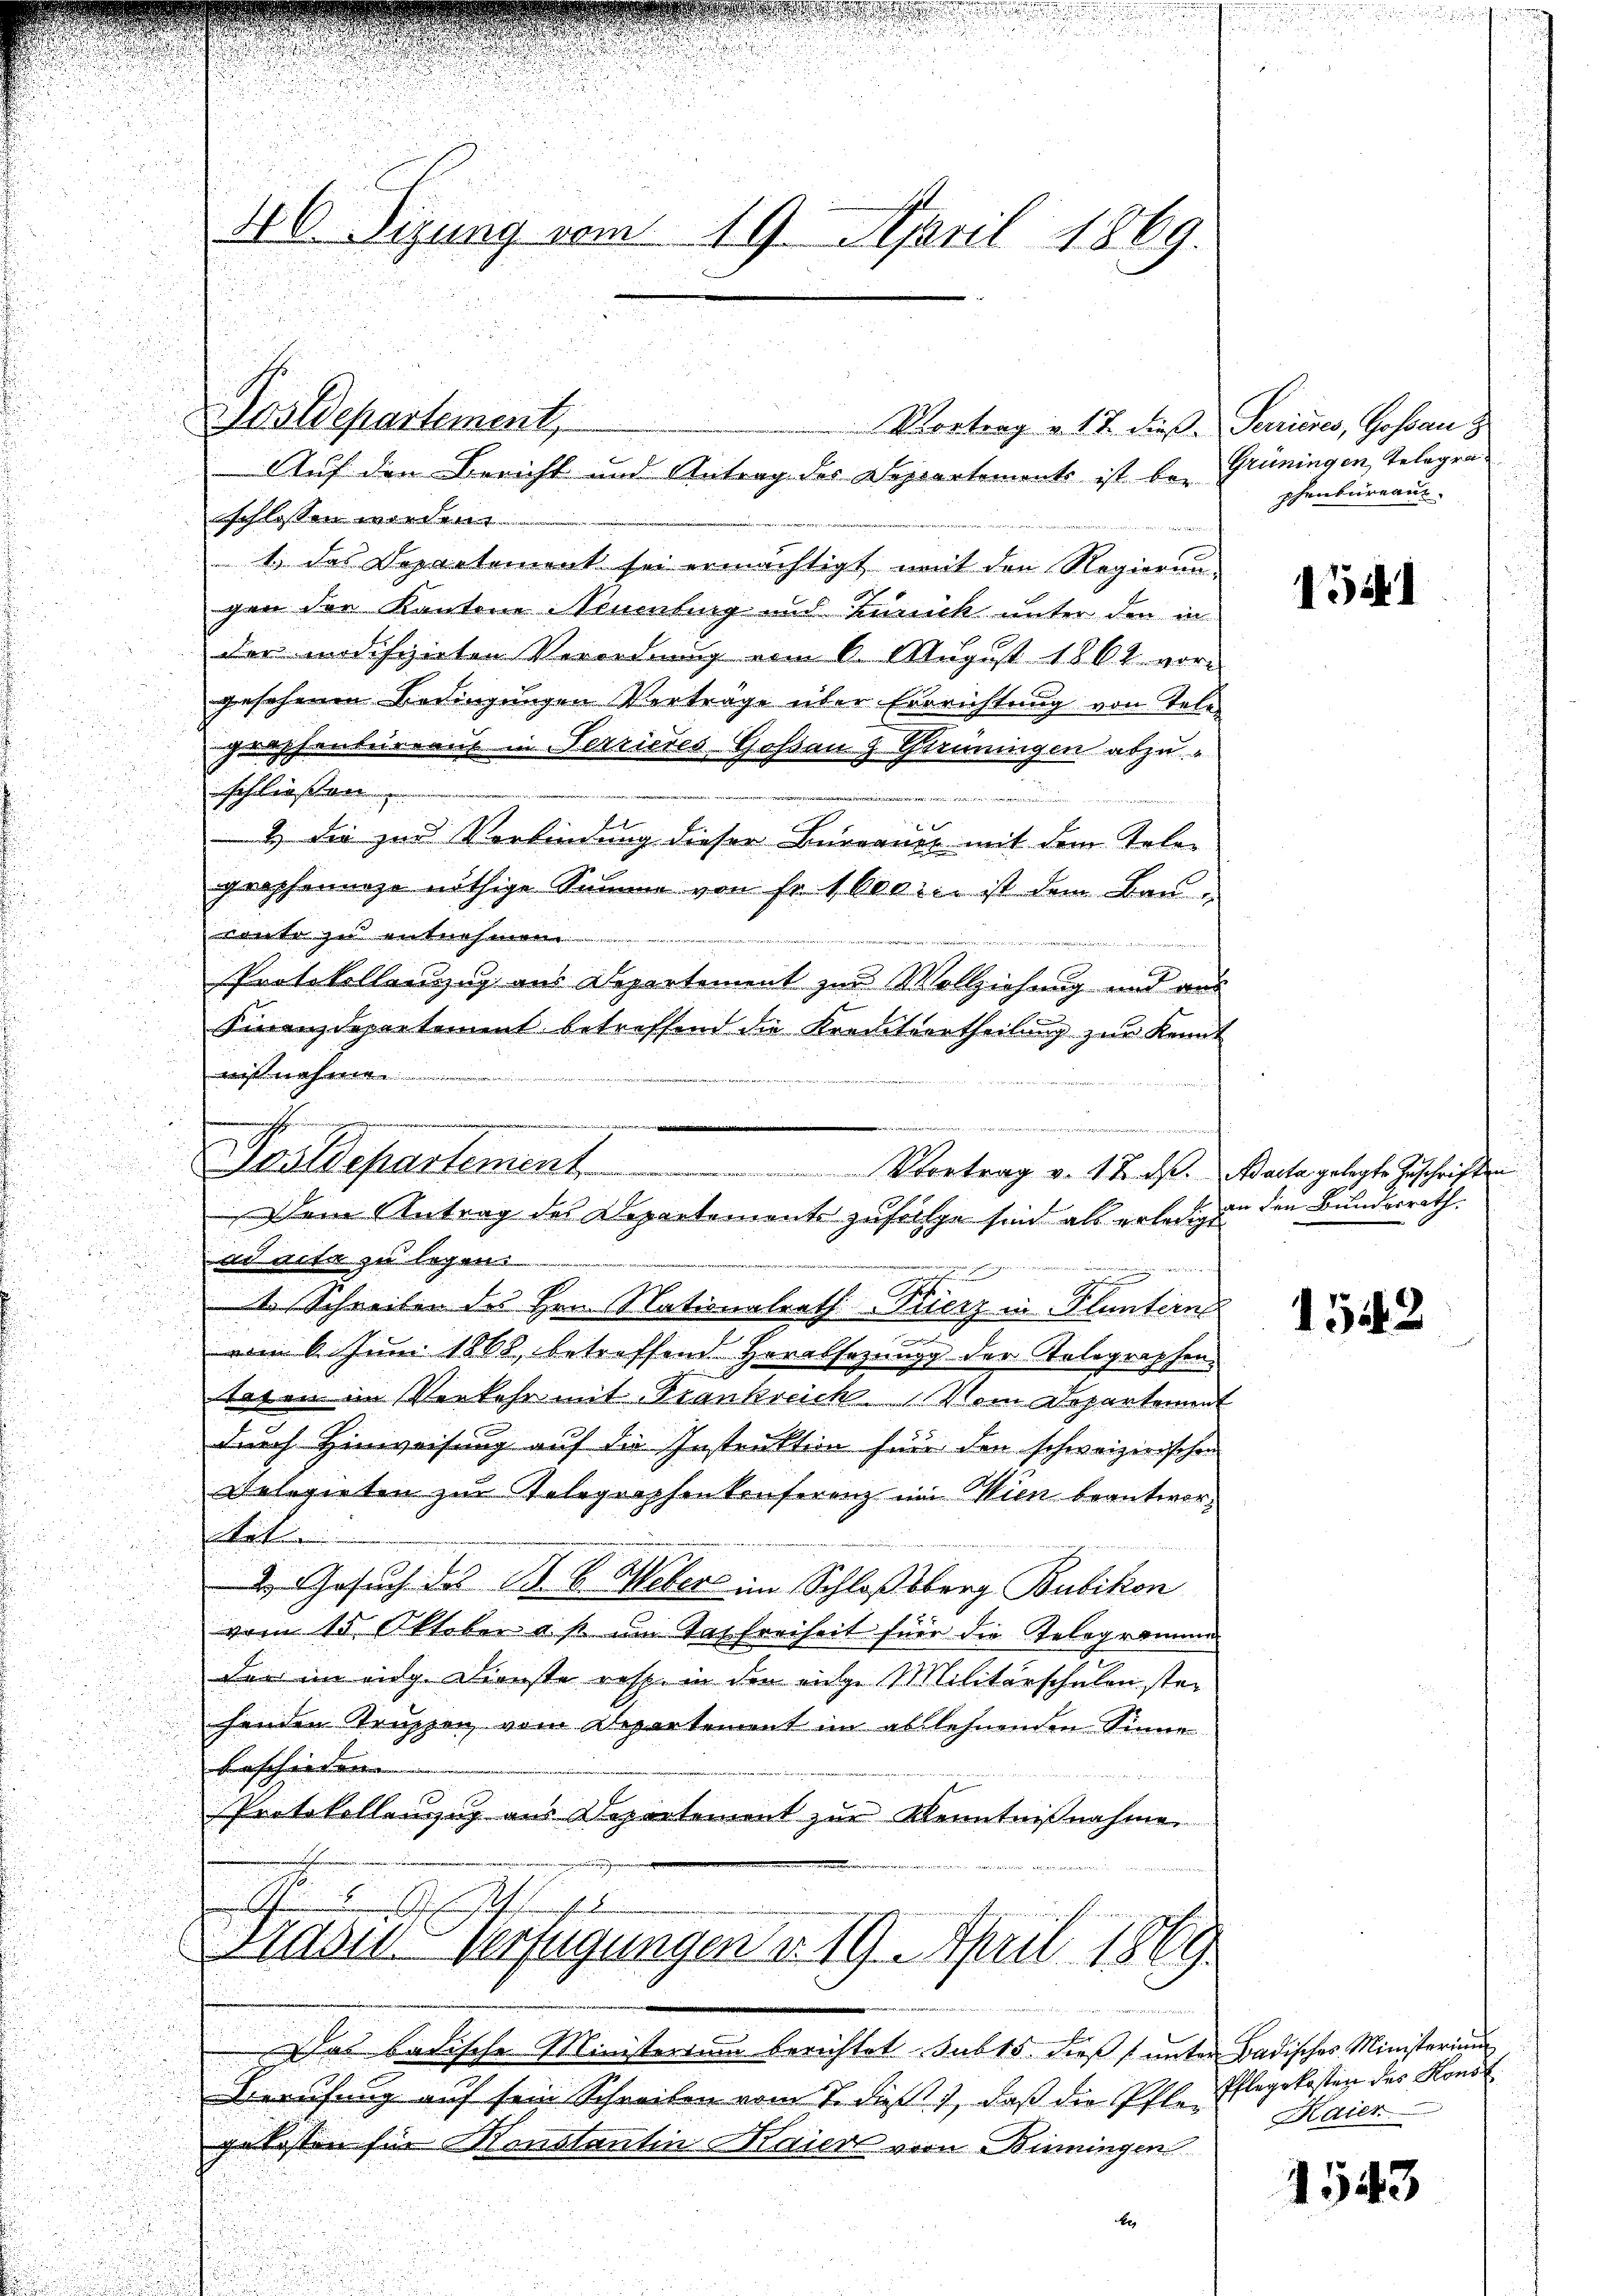
e

i

46. Sizung vom
49. April 1869.

Postdepartement,
Vortrag v. 17. dieß Sarrieres, Gossan
Auf den Bericht und Antrag des Departemonts ist be Grüningen, Telegra¬

schlossen werden
1. das Departement sei ermächtigt mit den Regierung
gen der Kantone Neuenburg und Zünick unter den in
der undiscirten Verordung vom 6. August 1862 vorgesehenen Bedingungen Vorträge über Errichtung von Tele
graphenbureau in Terrieres Goßau & Grüningen abzuschliessen |
a
2 die zur Verbindung dieser Burgung mit dem Telen
grophennige nöthige Summe von fr. 1 Oevic ist dem Bau-
uente zu entnehmen

Protokollenzug aus Departement zur Vollziehung und aus
Finanzdepartement betreffend die Krauteurtheilung zur Kennt
.

min einer geeignement einer von ihr war einer der einer in vers
Postdepartement. Vortrag v. 17. ds. Martagelegte Zuschriften
Dem Antrag des Departemente zufolge sind als erledigt
d zu e

d

u
u

.
u
4. Schreiben des Hrn. Nationalrath Fierz in Flunterne
.
n
vom 6. Juni 1868 betreffend Herabsezung der Gelegraphentagen im Verkehr mit Frankreich vom Departement
durch Hinweisung auf die Instruktion für den schweizerischen
Delegirten zur Telegraphenkonferenz im Wien beantwor¬
Stet
.
2 Gesuch des B. b. Weber im Schloßsberg Bubikon
vom 15. Oktober est um das freiheit für die Telegramme
der im eidg. Dienste resp. in den eiche Militärschulen stei
henden Truppen vom Departement im ablehnenden Sinne
beschieden |
Protokollenzug aus Departement zur Kenntnißnahme
h
Fragen. Verfügungen u. 19. April 1869

.
Das badischen Ministerium berichtet sub 15. dieß (unter Badisches Ministerium
Berufung auf sein Schreiben vom 7. dieß, daß die Pflegelosten für Honstantin Kaier von Binningen
be

phenbureau

1541

an den Bundesrath.

1542

Pflegekosten des Konst
Haier.

1543